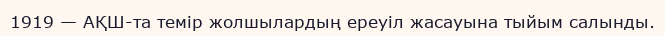
1919 — АҚШ-та темір жолшылардың ереуіл жасауына тыйым салынды.